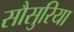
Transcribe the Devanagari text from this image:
सौसुरिया